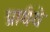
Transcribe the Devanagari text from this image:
प्रार्थये